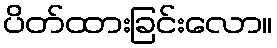
ပိတ်ထားခြင်းလော။